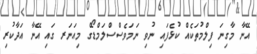
އޭނާ މާގިނަ ފިލްމުތަކެއް ކުޅެފައި ނުވި ނަމަވެސްސްލަމްޑޯގް މިއަނަރ ގައި އޭނާ އަދާކުރި